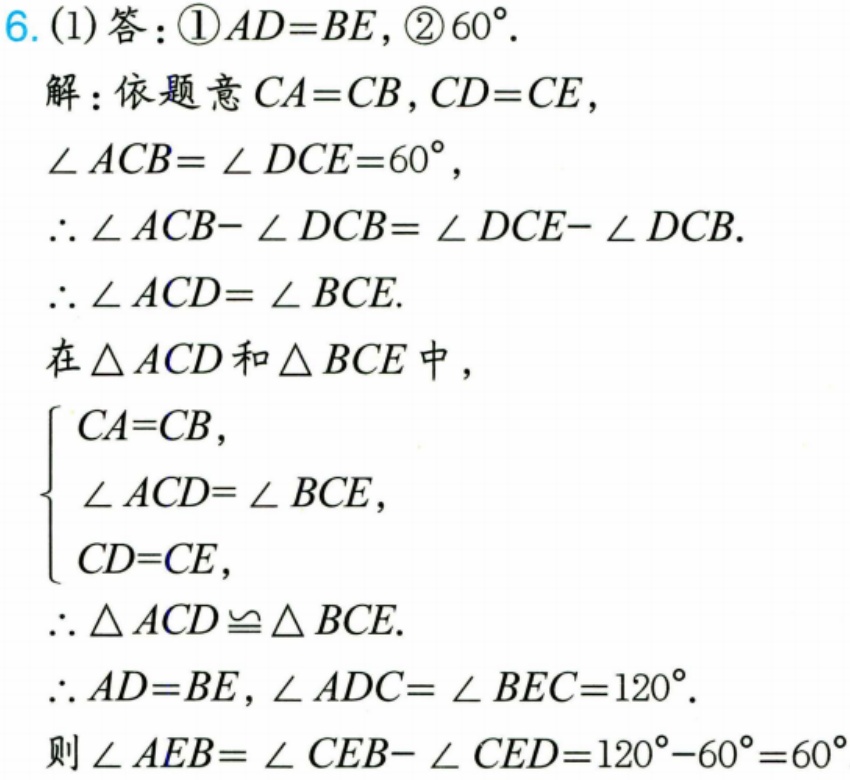
6. (1)答：\textcircled{1}\(AD = BE\)，\textcircled{2}\(60^{\circ}\).
解：依题意\(CA = CB\)，\(CD = CE\)，
\(\angle ACB=\angle DCE = 60^{\circ}\)，
\(\therefore\angle ACB - \angle DCB=\angle DCE - \angle DCB\).
\(\therefore\angle ACD=\angle BCE\).
在\(\triangle ACD\)和\(\triangle BCE\)中，
\(\begin{cases}
CA = CB,\\
\angle ACD=\angle BCE,\\
CD = CE,
\end{cases}\)
\(\therefore\triangle ACD\cong\triangle BCE\).
\(\therefore AD = BE\)，\(\angle ADC=\angle BEC = 120^{\circ}\).
则\(\angle AEB=\angle CEB-\angle CED = 120^{\circ}-60^{\circ}=60^{\circ}\)